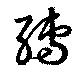
転